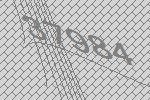
37984